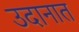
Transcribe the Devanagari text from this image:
उदानात